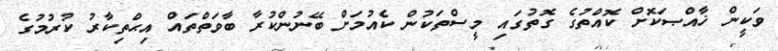
ވަކީން ޚާއްޞަކޮށް ކޮއްތުގެ ގޮތުގައި މީސްތަކުން ކެއުމަށް ބޭނުންކުރާ ބާވަތްތައް އިޙްތިކާރު ކުރުމުގެ